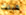
قبلت